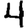
Digit: 4